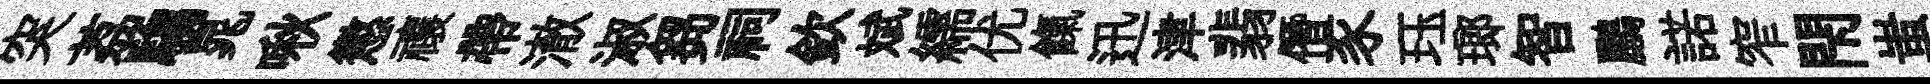
突荔騶晁啾懲禳帶澈淑芻祠欽斌繻优餼迅津翡僭豕珏瑯智鸝諾窄閇蚩